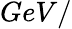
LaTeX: GeV/